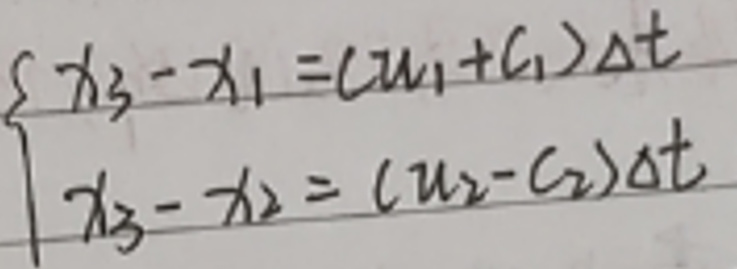
\[
\begin{cases}
x_3 - x_1=(u_1 + c_1)\Delta t\\
x_3 - x_2=(u_2 - c_2)\Delta t
\end{cases}
\]